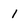
Character: 1